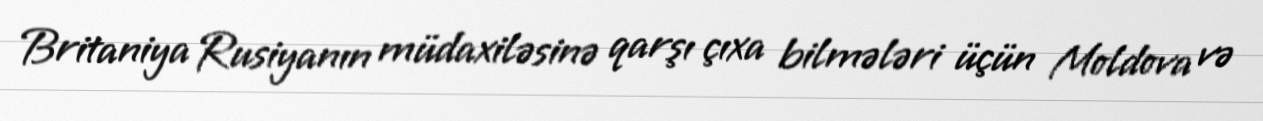
Britaniya Rusiyanın müdaxiləsinə qarşı çıxa bilmələri üçün Moldova və